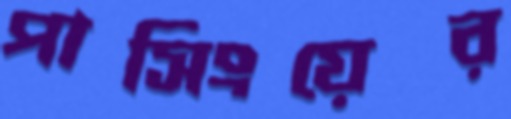
পাসিংয়ের